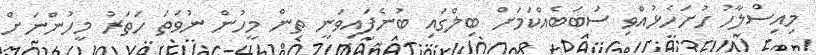
މިއިސްލާހު ހުށަހެޅުއްވި ސަބަބެއްކަމަށް ބިލްގައި ބުނެފައިވަނީ ތިން މީހުން ނުވަތަ ހަތަރު މީހުންނަށް